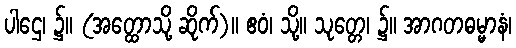
ပါဌေ၊ ၌။ (အတ္ထောသို့ ဆိုက်)။ ဧဝံ၊ သို့။ သုတ္တေ၊ ၌။ အာဂတဓမ္မာနံ၊